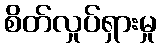
စိတ်လှုပ်ရှားမှု